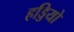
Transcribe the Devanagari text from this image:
हड्डियो